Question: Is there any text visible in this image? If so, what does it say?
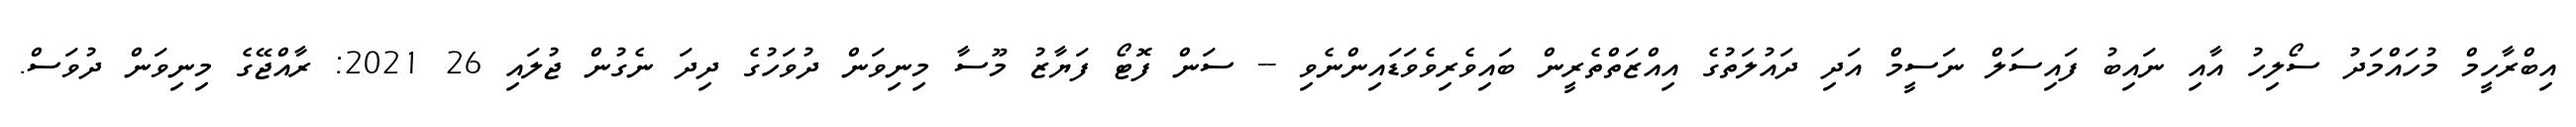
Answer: އިބްރާހީމް މުހައްމަދު ސޯލިހު އާއި ނައިބު ފައިސަލް ނަސީމް އަދި ދައުލަތުގެ އިއްޒަތްތެރީން ބައިވެރިވެވަޑައިންނެވި -- ސަން ފޮޓޯ ފަޔާޒު މޫސާ މިނިވަން ދުވަހުގެ ދިދަ ނެގުން ޖުލައި 26 2021: ރާއްޖޭގެ މިނިވަން ދުވަސް.